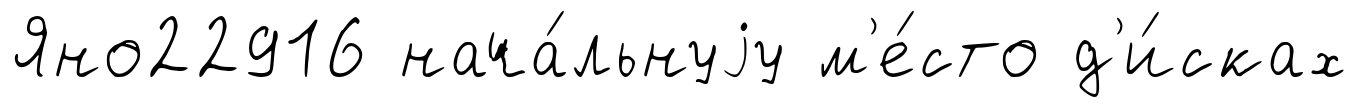
Яно22916 нача́льнуjу м'е́сто д'и́сках